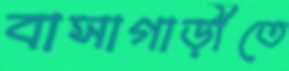
বাসাগাড়ীতে